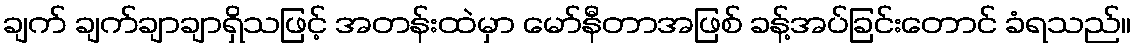
ချက် ချက်ချာချာရှိသဖြင့် အတန်းထဲမှာ မော်နီတာအဖြစ် ခန့်အပ်ခြင်းတောင် ခံရသည်။